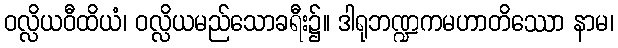
ဝလ္လိယဝီထိယံ၊ ဝလ္လိယမည်သောခရီး၌။ ဒါရုဘဏ္ဍကမဟာတိဿော နာမ၊